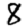
Digit: 8